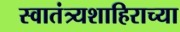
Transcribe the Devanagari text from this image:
स्वातंत्र्यशाहिराच्या